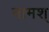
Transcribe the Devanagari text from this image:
नामश्